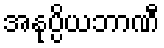
အနုပ္ပိယဘာဏီ